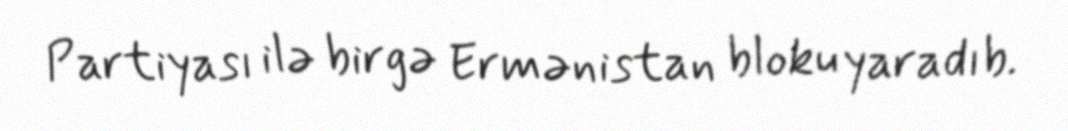
Partiyası ilə birgə Ermənistan bloku yaradıb.